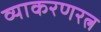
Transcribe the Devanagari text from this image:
व्याकरणरत्न